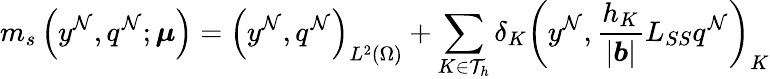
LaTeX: m_{s}\left(y^{\mathcal{N}},q^{\mathcal{N}};\boldsymbol{\mu}\right)=\left(y^{\mathcal{N}},q^{\mathcal{N}}\right)_{L^{2}(\Omega)}+\sum_{K\in\mathcal{T}_{h}}\delta_{K}\left(y^{\mathcal{N}},\frac{h_{K}}{|\boldsymbol{b}|}L_{SS}q^{\mathcal{N}}\right)_{K}